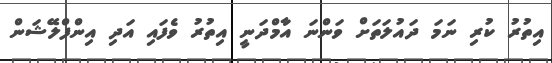
އިތުރު ކުރި ނަމަ ދައުލަތަށް ވަންނަ އާމްދަނީ އިތުރު ވެފައި އަދި އިންފްލޭޝަން